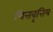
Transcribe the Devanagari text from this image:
चित्तवृत्तिय